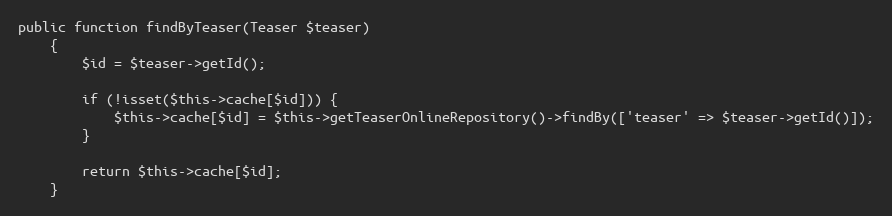
Language: PHP
public function findByTeaser(Teaser $teaser)
    {
        $id = $teaser->getId();

        if (!isset($this->cache[$id])) {
            $this->cache[$id] = $this->getTeaserOnlineRepository()->findBy(['teaser' => $teaser->getId()]);
        }

        return $this->cache[$id];
    }